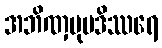
အဘိဏှမုပဒိဿရေ